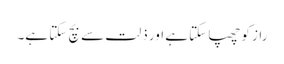
راز کو چھپا سکتا ہے اور ذلت سے بچ سکتا ہے۔